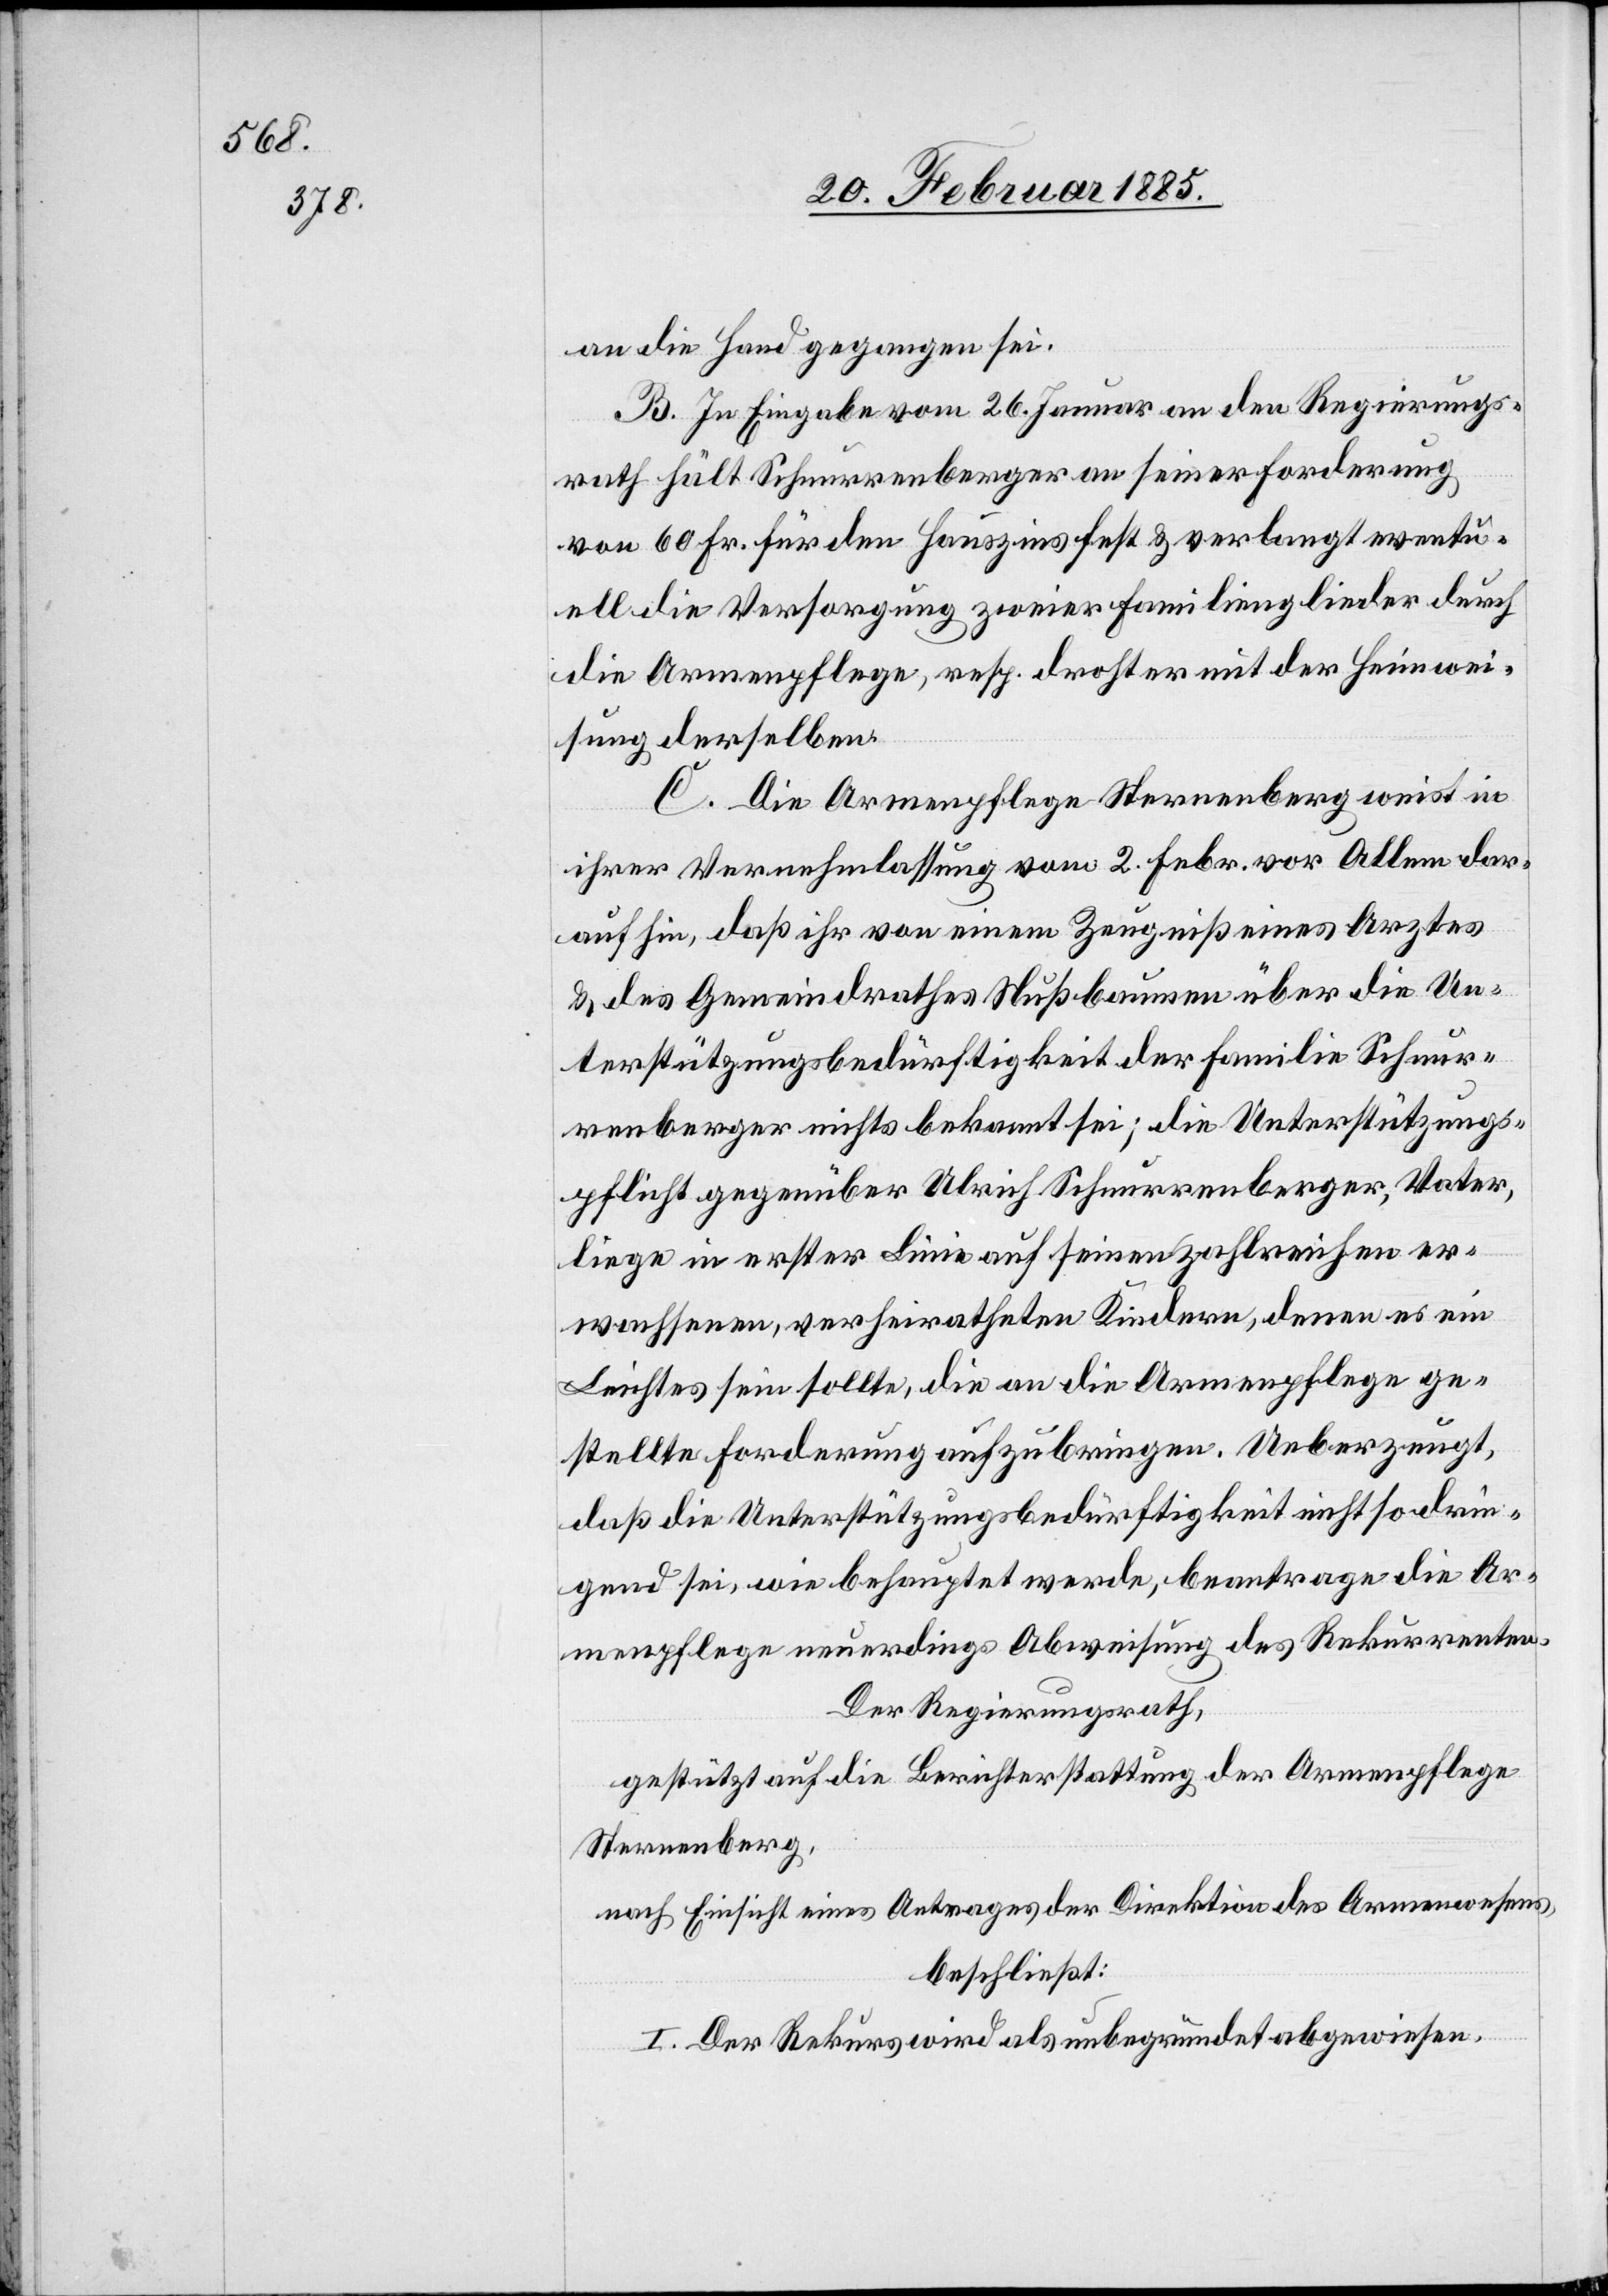
an die Hand gegangen sei.
B. In Eingabe vom 26. Januar an den Regierungs¬
rath hält Schnurrenberger an seiner Forderung
von 60 Fr. für den Hauszins fest & verlangt eventu¬
ell die Versorgung zweier Familienglieder durch
die Armenpflege, resp. droht er mit der Heimwei¬
sung derselben.
C. Die Armenpflege Sternenberg weist in
ihrer Vernehmlassung vom 2. Febr. vor Allem dar¬
auf hin, daß ihr von einem Zeugniß eines Arztes
& des Gemeindrathes Nußbaumen über die Un¬
terstützungsbedürftigkeit der Familie Schnur¬
renberger nichts bekannt sei; die Unterstützungs¬
pflicht gegenüber Ulrich Schnurrenberger, Vater,
liege in erster Linie auf seinen zahlreichen er¬
wachsenen, verheiratheten Kindern, denen es ein
Leichtes sein sollte, die an die Armenpflege ge¬
stellte Forderung aufzubringen. Ueberzeugt,
daß die Unterstützungsbedürftigkeit nicht so drin¬
gend sei, wie behauptet werde, beantrage die Ar¬
menpflege neuerdings Abweisung des Rekurrenten.
Der Regierungsrath,
gestützt auf die Berichterstattung der Armenpflege
Sternenberg,
nach Einsicht eines Antrages der Direktion des Armenwesens,
beschließt:
I. Der Rekurs wird als unbegründet abgewiesen.